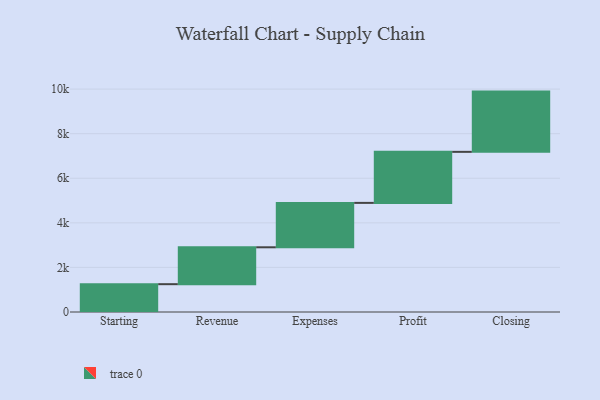
{"axis": {"x": "Step", "y": "Value"}, "legend": [""], "data": [{"x": "Starting", "y": 1248.0, "type": ""}, {"x": "Revenue", "y": 1655.0, "type": ""}, {"x": "Expenses", "y": 1992.0, "type": ""}, {"x": "Profit", "y": 2290.0, "type": ""}, {"x": "Closing", "y": 2703.0, "type": ""}]}